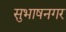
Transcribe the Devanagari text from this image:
सुभाषनगर